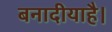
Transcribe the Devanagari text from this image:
बनादीयाहै।